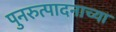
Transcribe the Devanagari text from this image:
पुनरुत्पादनाच्या